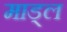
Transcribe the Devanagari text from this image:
माड्ल